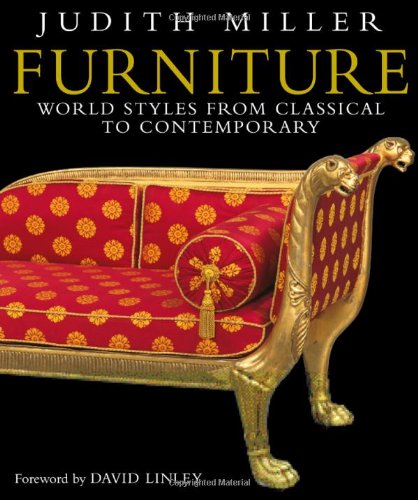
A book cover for Furniture: World Styles from Classical to Contemporary; Judith Miller; Crafts, Hobbies & Home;